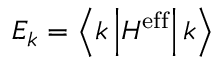
E _ { k } = \left\langle k \left| H ^ { \mathrm { e f f } } \right| k \right\rangle